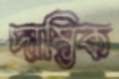
দাম্ভিক